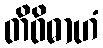
တိဝိဓာဟံ